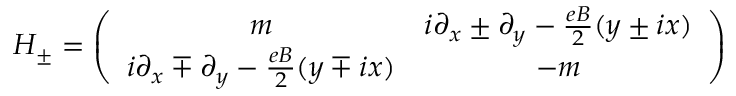
H _ { \pm } = \left( \begin{array} { c c } { { m } } & { { i \partial _ { x } \pm \partial _ { y } - \frac { e B } { 2 } ( y \pm i x ) } } \\ { { i \partial _ { x } \mp \partial _ { y } - \frac { e B } { 2 } ( y \mp i x ) } } & { { - m } } \end{array} \right)